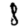
Digit: 8